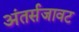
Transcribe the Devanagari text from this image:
अंतर्सजावट